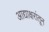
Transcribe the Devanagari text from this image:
आद्याक्षरांतून